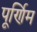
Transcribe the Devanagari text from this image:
पूर्णिम